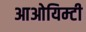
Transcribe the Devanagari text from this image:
आओयिम्टी